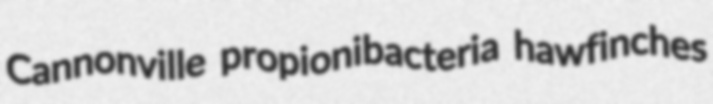
Cannonville propionibacteria hawfinches